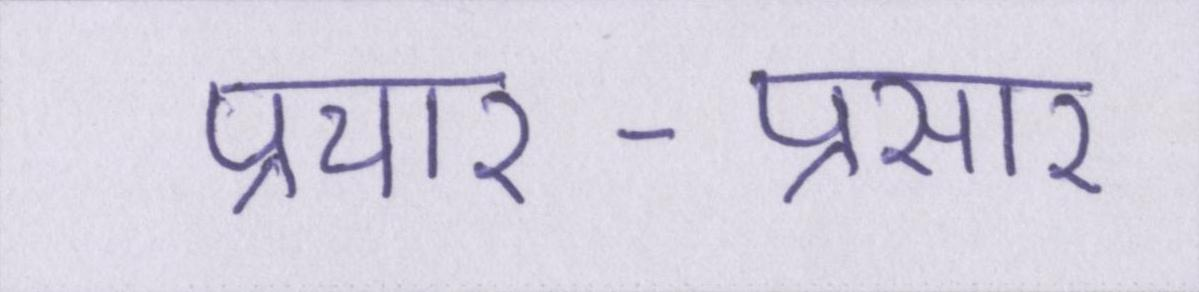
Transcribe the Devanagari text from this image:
प्रचार-प्रसार